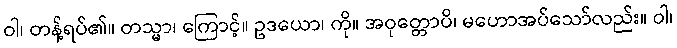
ဝါ၊ တန့်ရပ်၏။ တသ္မာ၊ ကြောင့်။ ဥဒယော၊ ကို။ အဝုတ္တောပိ၊ မဟောအပ်သော်လည်း။ ဝါ၊